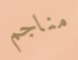
مناجم